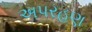
અપરહણ